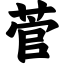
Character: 菅